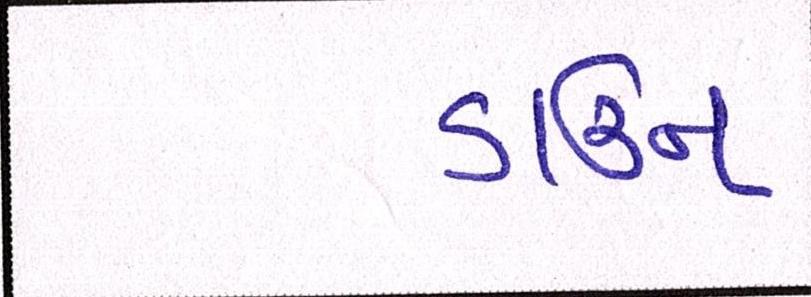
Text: ડાઉન